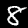
Label: 8